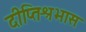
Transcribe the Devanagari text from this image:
दीप्तिश्रभास